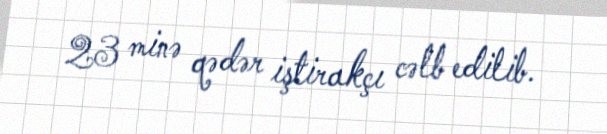
23 minə qədər iştirakçı cəlb edilib.